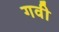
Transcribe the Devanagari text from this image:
गवी